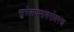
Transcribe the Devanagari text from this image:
सुरेलपणाबरोबरच